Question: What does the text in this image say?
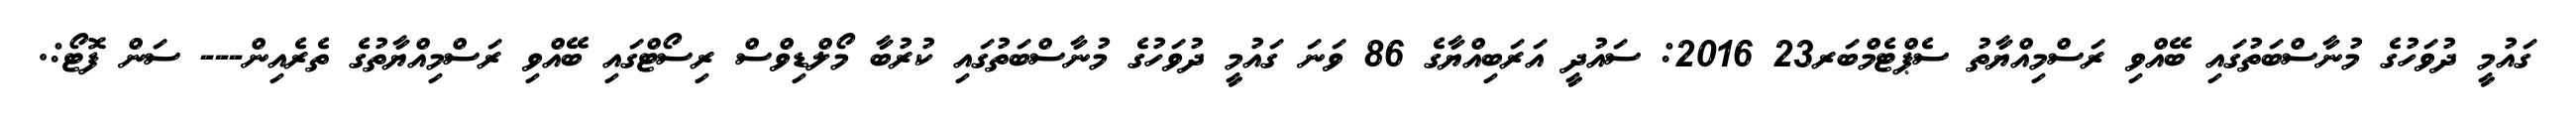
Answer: ގައުމީ ދުވަހުގެ މުނާސްބަތުގައި ބޭއްވި ރަސްމިއްޔާތު ސެޕްޓެމްބަރ23 2016: ސައުދީ އަރަބިއްޔާގެ 86 ވަނަ ގައުމީ ދުވަހުގެ މުނާސްބަތުގައި ކުރުބާ މޯލްޑިވްސް ރިސޯޓްގައި ބޭއްވި ރަސްމިއްޔާތުގެ ތެރެއިން--- ސަން ފޮޓޯ:.